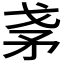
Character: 𰦎